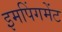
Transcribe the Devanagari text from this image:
इमपिंगमेंट